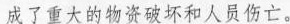
成了重大的物资破坏和人员伤亡。